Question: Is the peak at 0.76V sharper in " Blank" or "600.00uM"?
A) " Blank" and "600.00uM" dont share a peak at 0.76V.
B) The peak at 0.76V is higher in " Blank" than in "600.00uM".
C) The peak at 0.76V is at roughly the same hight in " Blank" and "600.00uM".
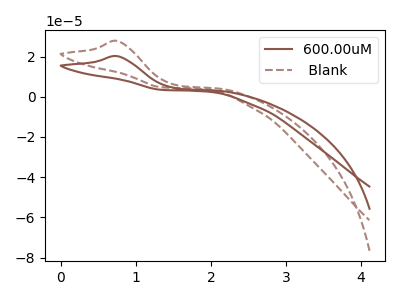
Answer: <think>The brown curve "600.00uM" has an anodic peak at: (0.75V, 20.20uA). The brown dashed curve " Blank" has an anodic peak at: (0.75V, 27.80uA).</think>
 <answer>B) The peak at 0.76V is higher in " Blank" than in "600.00uM".</answer>
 <eval>B</eval>